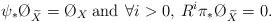
LaTeX: \begin{align*} \psi_* \O_{\widetilde{X}} = \O_X \: \mathrm{and} \:\: \forall i>0, \: R^i \pi_* \O_{\widetilde{X}} =0. \end{align*}